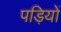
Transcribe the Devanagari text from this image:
पड़ियों